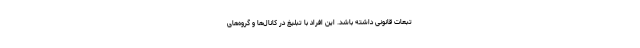
تبعات قانونی داشته باشد. این افراد با تبلیغ در کانال‌ها و گروه‌های